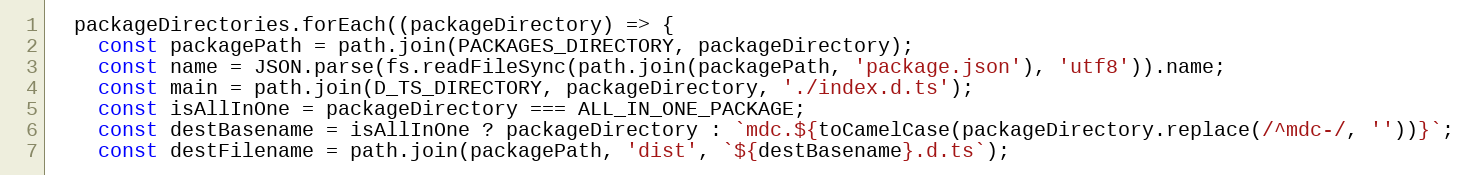
Language: JavaScript
  packageDirectories.forEach((packageDirectory) => {
    const packagePath = path.join(PACKAGES_DIRECTORY, packageDirectory);
    const name = JSON.parse(fs.readFileSync(path.join(packagePath, 'package.json'), 'utf8')).name;
    const main = path.join(D_TS_DIRECTORY, packageDirectory, './index.d.ts');
    const isAllInOne = packageDirectory === ALL_IN_ONE_PACKAGE;
    const destBasename = isAllInOne ? packageDirectory : `mdc.${toCamelCase(packageDirectory.replace(/^mdc-/, ''))}`;
    const destFilename = path.join(packagePath, 'dist', `${destBasename}.d.ts`);